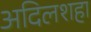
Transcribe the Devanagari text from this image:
अदिलशहा